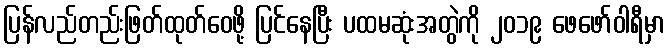
ပြန်လည်တည်းဖြတ်ထုတ်ဝေဖို့ ပြင်နေပြီး ပထမဆုံးအတွဲကို ၂၀၁၉ ဖေဖော်ဝါရီမှာ